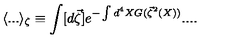
\langle . . . \rangle _ { \zeta } \equiv \int [ d \vec { \zeta } ] e ^ { - \int d ^ { 4 } X G ( \vec { \zeta } ^ { 2 } ( X ) ) } . . . .